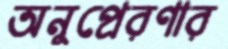
অনুপ্রেরণার